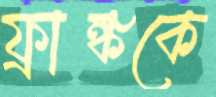
ফ্রাঙ্ককে